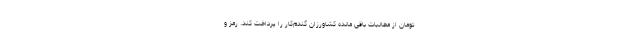
تومان از مطالبات باقی مانده کشاورزان گندم‌کار را پرداخت کند. رمز و